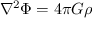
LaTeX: \nabla ^ { 2 } \Phi = 4 \pi G \rho